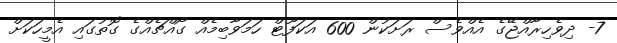
7- ދިވެހިރާއްޖޭގެ އެއްވެސް ރަށަކުން 600 އަކަފޫޓް ހަމަވާބިމެއް ގޯއްޗެއްގެ ގޮތުގައި އެމީހަކަށް